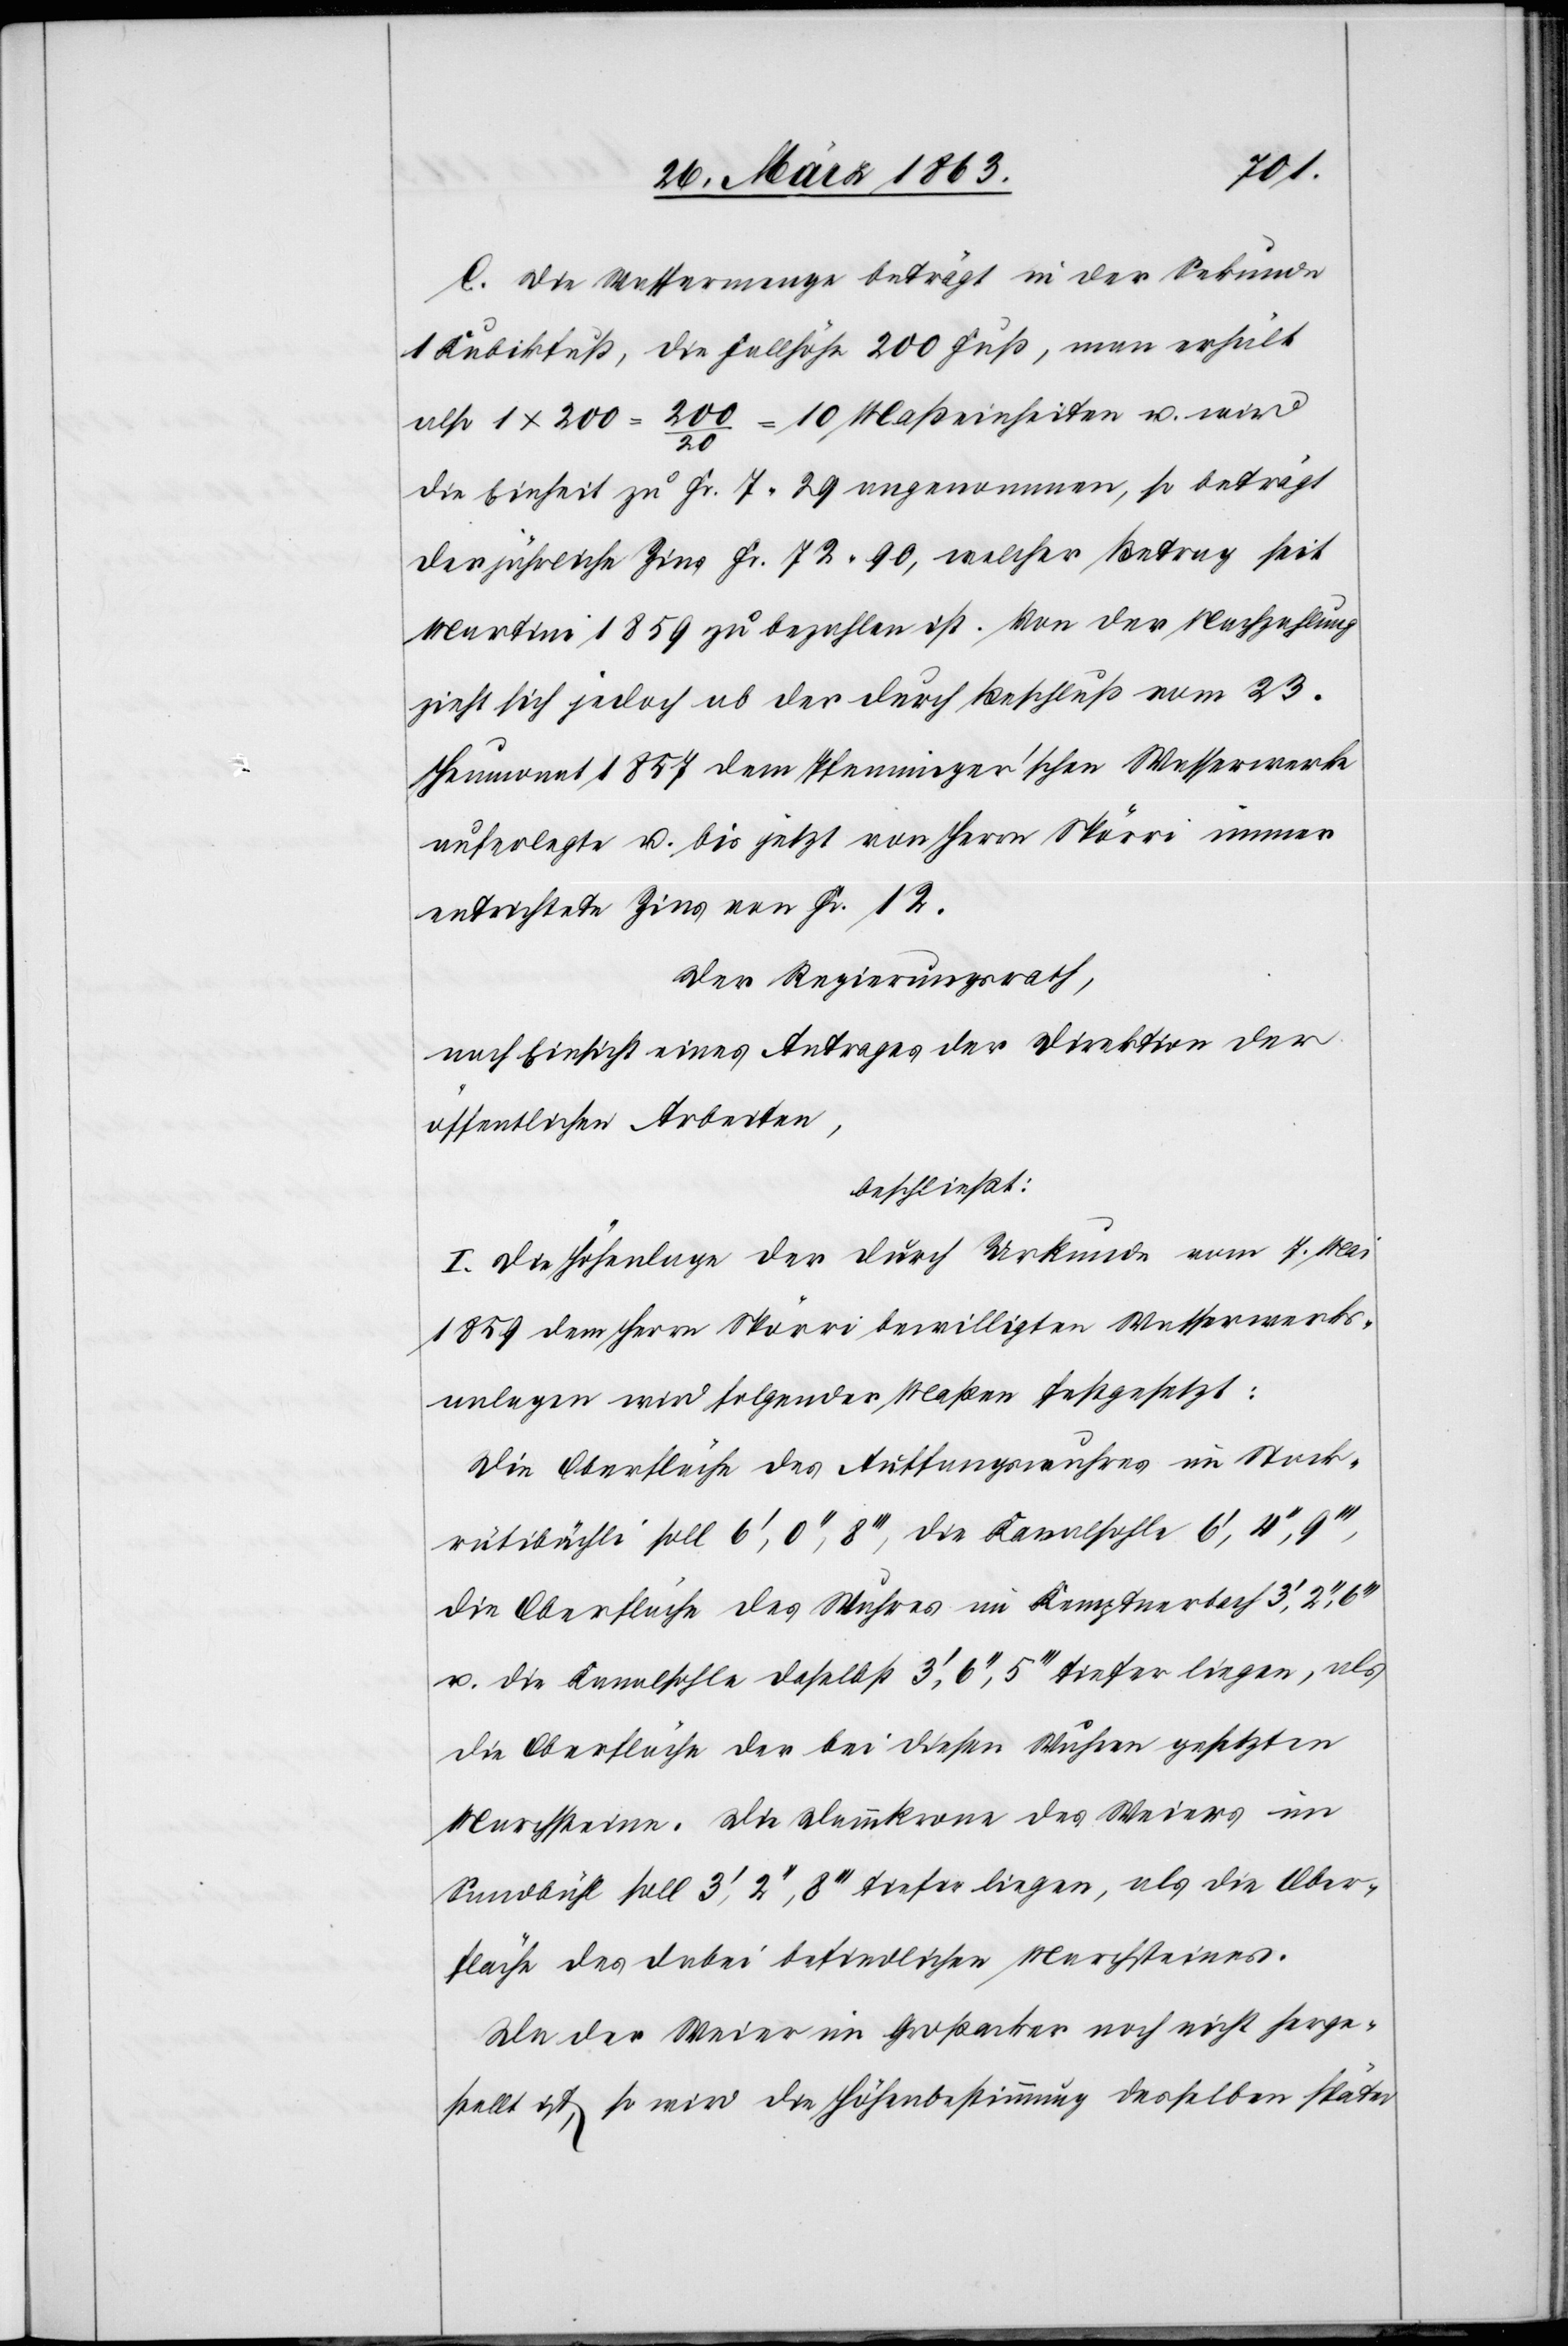
C. Die Wassermenge beträgt in der Sekunde
1 Kubikfuß, die Fallhöhe 200 Fuß, man erhält
also 1x200 = 200/20 = 10 Maßeinheiten u. wird
die Einheit zu Fr. 7. 29 angenommen, so beträgt
der jährliche Zins Fr. 72. 90, welcher Betrag seit
Martini 1859 zu bezahlen ist. Von der Nachzahlung
zieht sich jedoch ab der durch Beschluß vom 23.
Heumonat 1857 dem Pfenninger'schen Wasserwerke
auferlegte u. bis jetzt von Herrn Spörri immer
entrichtete Zins von Fr. 12.
Der Regierungsrath,
nach Einsicht eines Antrages der Direktion der
öffentlichen Arbeiten,
beschließt:
I. Die Höhenlage der durch Urkunde vom 7. Mai
1859 dem Herrn Spörri bewilligten Wasserwerks¬
anlagen wird folgender Maßen festgesetzt:
Die Oberfläche des Auffangswuhres im Stock¬
rütibächli soll 6', 0'', 8''', die Kanalsohle 6', 4'',
die Oberfläche des Wuhres im Kemptnerbach 3',
u. die Kanalsohle daselbst 3', 6'', 5''' tiefer liegen, als
die Oberfläche der bei diesen Wuhren gesetzten
Marchsteine. Die Dammkrone des Weiers im
Sandbühl soll 3', 2'', 8''' tiefer liegen, als die Ober¬
fläche des dabei befindlichen Marchsteines.
Da der Weier im Großacker noch nicht herge¬
stellt ist, so wird die Höhenbestimmung desselben später